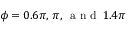
\phi = 0 . 6 \pi , \, \pi , \, \mathrm { ~ a ~ n ~ d ~ } \, 1 . 4 \pi